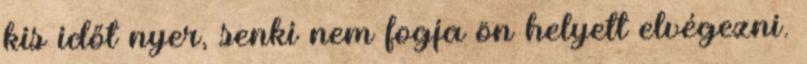
kis időt nyer, senki nem fogja ön helyett elvégezni.